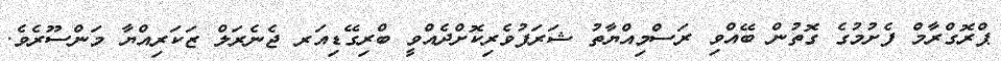
ޕްރޮގްރާމް ފެށުމުގެ ގޮތުން ބޭއްވި ރަސްމިއްޔާތު ޝަރަފުވެރިކޮށްދެއްވީ ބްރިގޭޑިއަރ ޖެނެރަލް ޒަކަރިއްޔާ މަންސޫރެވެ.